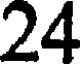
24